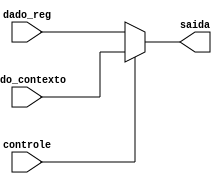
module muxContexto(
dado_reg,
dado_contexto,
controle,
saida
);

input [4:0] dado_reg, dado_contexto;
input controle;

output reg [4:0] saida;

always @(dado_reg or dado_contexto or controle) begin
	if(controle)
		saida = dado_contexto;
	else
		saida = dado_reg;
end

endmodule